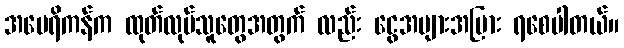
အမေရိကန်က ထုတ်လုပ်သူတွေအတွက် လည်း ငွေအများအပြား ရစေပါတယ်။